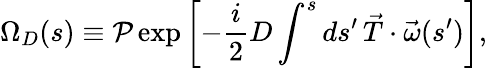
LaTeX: \Omega_{D}(s)\equiv{\cal P}\exp\left[-\frac{i}{2}D\int^{s}ds^{\prime}\, \vec{T}\cdot\vec{\omega}(s^{\prime})\right],